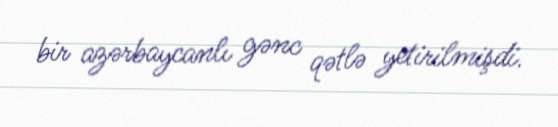
bir azərbaycanlı gənc qətlə yetirilmişdi.